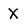
Character: x